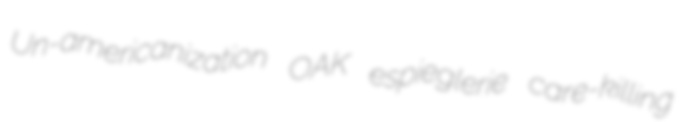
Un-americanization OAK espieglerie care-killing